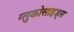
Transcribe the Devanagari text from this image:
ग्लुकोसाइड्‌स